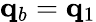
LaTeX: \mathbf{q}_{b}=\mathbf{q}_{1}